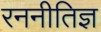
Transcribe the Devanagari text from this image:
रननीतिज्ञ